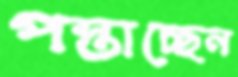
পস্তাচ্ছেন